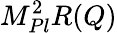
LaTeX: M_{Pl}^{2}R(Q)